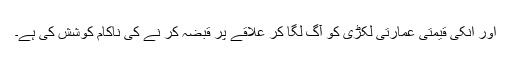
اور انکی قیمتی عمارتی لکڑی کو آگ لگا کر علاقے پر قبضہ کر نے کی ناکام کوشش کی ہے۔